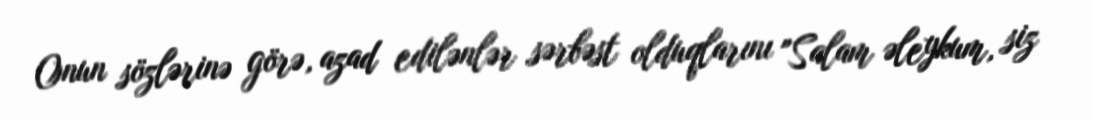
Onun sözlərinə görə, azad edilənlər sərbəst olduqlarını "Salam əleykum, siz